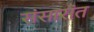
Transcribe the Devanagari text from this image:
संसारांत